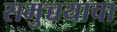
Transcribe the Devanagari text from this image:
समुच्चयाचा